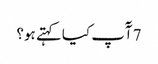
7 آٓپ کیا کہتے ہو؟